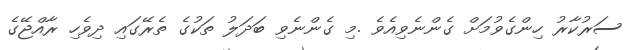
ސަރުކާރު ހިންގެވުމަށް ގެންނެވިއެވެ .މި ގެންނެވި ބަދަލު ތަކުގެ ތެރޭގައި ދިވެހި ރާއްޖޭގެ